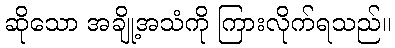
ဆိုသော အချို့အသံကို ကြားလိုက်ရသည်။